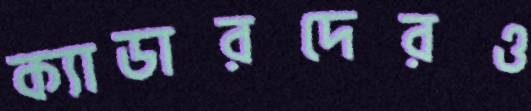
ক্যাডারদেরও